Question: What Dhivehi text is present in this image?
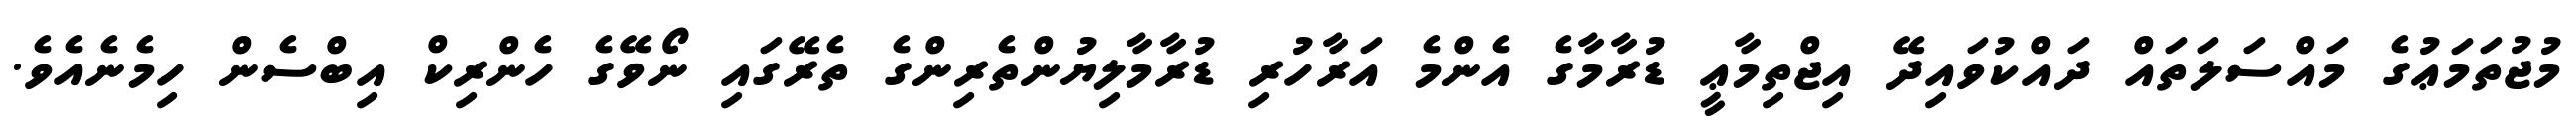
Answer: މުޖުތަމަޢުގެ މައްސަލަތައް ދައްކުވައިދޭ އިޖްތިމާޢީ ޑުރާމާގެ އެންމެ އަރާހުރި ޑުރާމާލިޔުންތެރިންގެ ތެރޭގައި ނޯވޭގެ ހެންރިކް އިބްސެން ހިމެނެއެވެ.